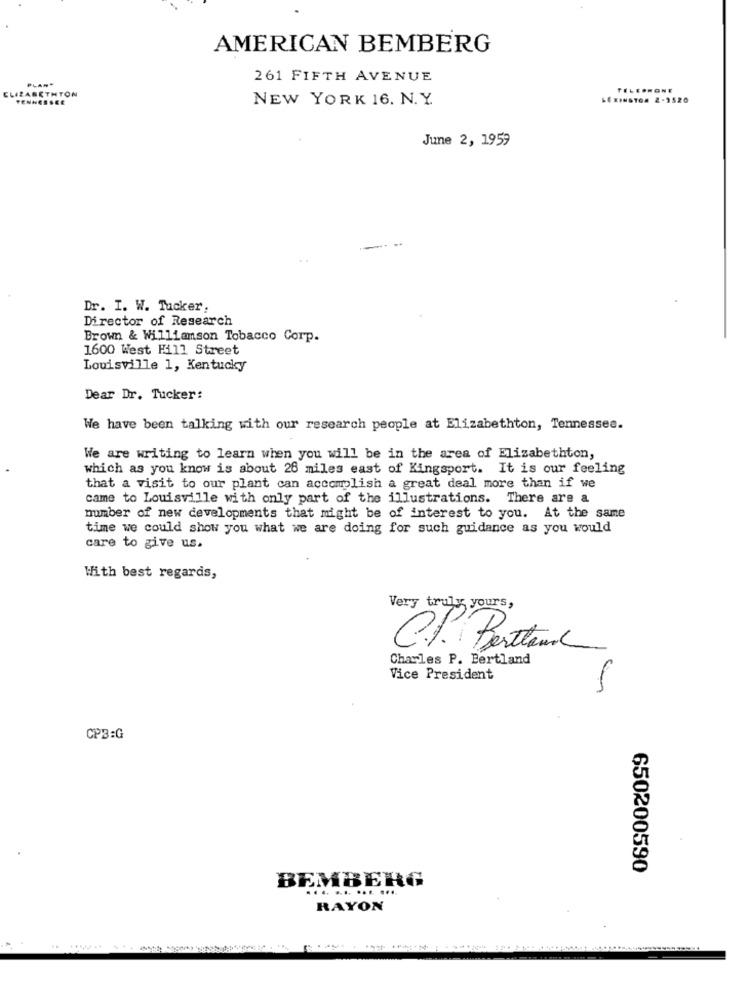
AMERICAN BEMBERG
PLAN"
261 FIFTH AVENUE
ELIZABETHTON
TELEPHONE
TENNESSEE
NEW YORK 16. N. Y.
LEXINGTON 2-3520
June 2, 1959
Dr. I. W. Tucker,
Director of Research
Brown & Williamson Tobacco Corp.
1600 West Hill Street
Louisville 1, Kentucky
Dear Dr. Tucker:
We have been talking with our research people at Elizabethton, Tennessee.
We are writing to learn when you will be in the area of Elizabethton,
which as you know is about 26 miles east of Kingsport. It is our feeling
that a visit to our plant can accomplish a great deal more than if we
came to Louisville with only part of the illustrations. There are a
number of new developments that might be of interest to you. At the same
time we could show you what we are doing for such guidance as you would
care to give us.
With best regards,
Very truly yours,
C.P. Bestand
Charles P. Bertland
Vice President
CP3:G
650200590
BEMBERG
RAYON